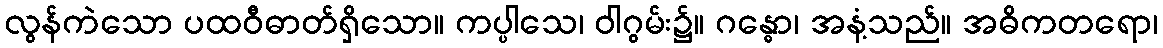
လွန်ကဲသော ပထဝီဓာတ်ရှိသော။ ကပ္ပါသေ၊ ဝါဂွမ်း၌။ ဂန္ဓော၊ အနံ့သည်။ အဓိကတရော၊